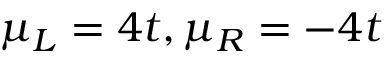
\mu _ { L } = 4 t , \mu _ { R } = - 4 t